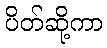
ပိတ်ဆို့ကာ